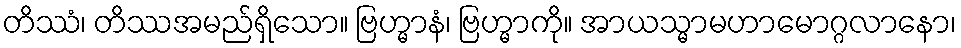
တိဿံ၊ တိဿအမည်ရှိသော။ ဗြဟ္မာနံ၊ ဗြဟ္မာကို။ အာယသ္မာမဟာမောဂ္ဂလာနော၊